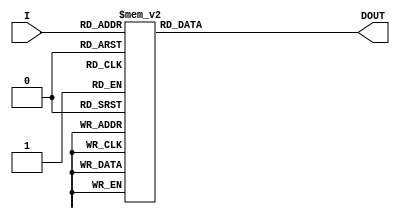
`timescale 1ns / 1ps
//////////////////////////////////////////////////////////////////////////////////
// Company: 
// Engineer: 
// 
// Design Name: 
// Module Name:    Note64X16ROM 
// Project Name: 
// Target Devices: 
// Tool versions: 
// Description: 
//
// Dependencies: 
//
// Revision: 
// Revision 0.01 - File Created
// Additional Comments: 
//
//////////////////////////////////////////////////////////////////////////////////
//Expecting 50Khz clock
module Note64X16ROM(I,DOUT);

	
	input [5:0] I;
	output [15:0] DOUT;
	reg [15:0] DOUT;
 
   always @(I)
         case (I)
            6'b000000: DOUT <= 16'hFFFF; //No Sound? //16'h032A; //B0
            6'b000001: DOUT <= 16'h02FD;	// C1
            6'b000010: DOUT <= 16'h02D2;	// C#1 or Db1
            6'b000011: DOUT <= 16'h02A9;	// D1
            6'b000100: DOUT <= 16'h0283;	// D#1 or Eb1
            6'b000101: DOUT <= 16'h025F;	// E1
            6'b000110: DOUT <= 16'h023D;	// F1
            6'b000111: DOUT <= 16'h021D;	// F#1 or Gb1
            6'b001000: DOUT <= 16'h01FE;	// G1
            6'b001001: DOUT <= 16'h01E2;	// G#1 or Ab1
            6'b001010: DOUT <= 16'h01C7;	// A1
            6'b001011: DOUT <= 16'h01AD;	// A#1 or Bb1
            6'b001100: DOUT <= 16'h0195;	// B1
            6'b001101: DOUT <= 16'h017E;	// C2
            6'b001110: DOUT <= 16'h0169;	// C#2 or Db2
            6'b001111: DOUT <= 16'h0155;	// D2
            6'b010000: DOUT <= 16'h0141;	// D#2 or Eb2
            6'b010001: DOUT <= 16'h012F;	// E2
            6'b010010: DOUT <= 16'h011E;	// F2
            6'b010011: DOUT <= 16'h010E;	// F#2 or Gb2
            6'b010100: DOUT <= 16'h00FF;	// G2
            6'b010101: DOUT <= 16'h00F1;	// G#2 or Ab2
            6'b010110: DOUT <= 16'h00E3;	// A2
            6'b010111: DOUT <= 16'h00D7;	// A#2 or Bb2
            6'b011000: DOUT <= 16'h00CA;	// B2
            6'b011001: DOUT <= 16'h00BF;	// C3
            6'b011010: DOUT <= 16'h00B4;	// C#3 or Db3
            6'b011011: DOUT <= 16'h00AA;	// D3
            6'b011100: DOUT <= 16'h00A1;	// D#3 or Eb3
            6'b011101: DOUT <= 16'h0098;	// E3
            6'b011110: DOUT <= 16'h008F;	// F3
            6'b011111: DOUT <= 16'h0087;	// F#3 or Gb3
            6'b100000: DOUT <= 16'hFFFF; //No Sound? //16'h0080; // G3
            6'b100001: DOUT <= 16'h0078;	// G#3 or Ab3
            6'b100010: DOUT <= 16'h0072;	// A3
            6'b100011: DOUT <= 16'h006B;	// A#3 or Bb3
            6'b100100: DOUT <= 16'h0065;	// B3
            6'b100101: DOUT <= 16'h0060;	// C4
            6'b100110: DOUT <= 16'h005A;	// C#4 or Db4
            6'b100111: DOUT <= 16'h0055;	// D4
            6'b101000: DOUT <= 16'h0050;	// D#4 or Eb4
            6'b101001: DOUT <= 16'h004C;	// E4
            6'b101010: DOUT <= 16'h0048;	// F4
            6'b101011: DOUT <= 16'h0044;	// F#4 or Gb4
            6'b101100: DOUT <= 16'h0040;	// G4
            6'b101101: DOUT <= 16'h003C;	// G#4 or Ab4
            6'b101110: DOUT <= 16'h0039;	// A4
            6'b101111: DOUT <= 16'h0036;	// A#4 or Bb4
            6'b110000: DOUT <= 16'h0033;	// B4
            6'b110001: DOUT <= 16'h0030;	// C5
            6'b110010: DOUT <= 16'h002D;	// C#5 or Db5
            6'b110011: DOUT <= 16'h002B;	// D5
            6'b110100: DOUT <= 16'h0028;	// D#5 or Eb5
            6'b110101: DOUT <= 16'h0026;	// E5
            6'b110110: DOUT <= 16'h0024;	// F5
            6'b110111: DOUT <= 16'h0022;	// F#5 or Gb5
            6'b111000: DOUT <= 16'h0020;	// G5
            6'b111001: DOUT <= 16'h001E;	// G#5 or Ab5
            6'b111010: DOUT <= 16'h001C;	// A5
            6'b111011: DOUT <= 16'h001B;	// A#5 or Bb5
            6'b111100: DOUT <= 16'h0019;	// B5
            6'b111101: DOUT <= 16'h0018;	// C6
            6'b111110: DOUT <= 16'h0017;	// C#6 or Db6
            6'b111111: DOUT <= 16'h0015;	// D6
            default:  DOUT <= 16'bx;
         endcase	 

endmodule